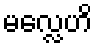
မလ္လေဟိ